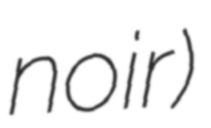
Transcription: noir)